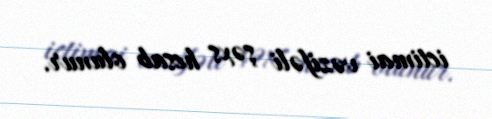
ictimai vəzifəli şəxs hesab olunur.